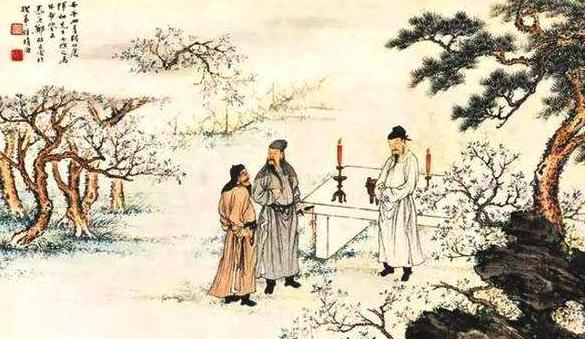
邯郸驿里逢冬至，抱膝灯前影伴身。